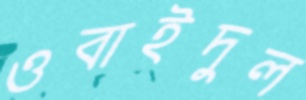
ওবাইদুল